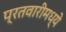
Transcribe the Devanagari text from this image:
प्रतवारीमध्ये